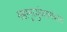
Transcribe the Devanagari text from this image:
महामृत्युंजयमंत्रस्य